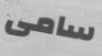
سامى